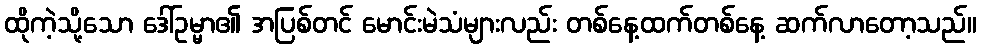
ထိုကဲ့သို့သော ဒေါ်ဥမ္မာ၏ အပြစ်တင် မောင်းမဲသံများလည်း တစ်နေ့ထက်တစ်နေ့ ဆက်လာတော့သည်။